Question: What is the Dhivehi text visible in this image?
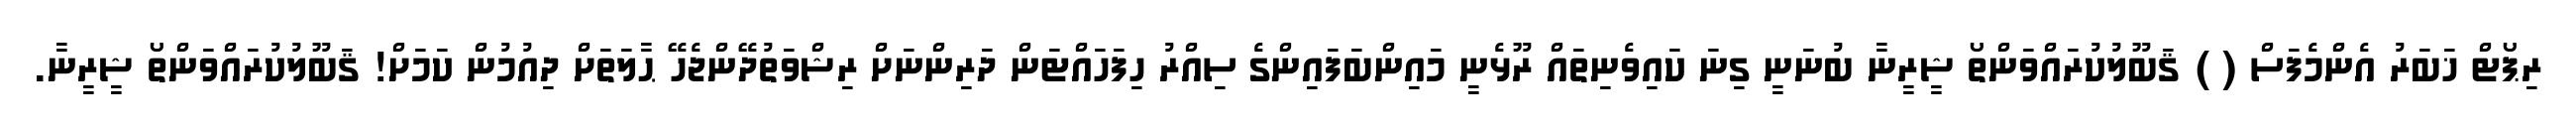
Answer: ރިޕޯޓް ޚަބަރު އެންމެފަސް ( ) ޤަބޫލުކުރައްވަންތޯ ޝީރީނާ ބުނަނީ ގިނަ ކައިވެނިތައް ރޫޅެނީ މައިންބަފައިންގެ ސިއްރު ހިފަހައްޓަން ދަރިންނަށް ރިޝްވަތުދޭންޖެހޭ ޙާލަތަށް ދިއުމުން ކަމަށް! ޤަބޫލުކުރައްވަންތޯ ޝީރީނާ.